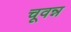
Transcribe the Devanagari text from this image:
चूवन्न